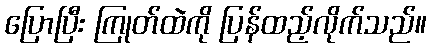
ပြောပြီး ကြုတ်ထဲကို ပြန်ထည့်လိုက်သည်။